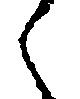
々